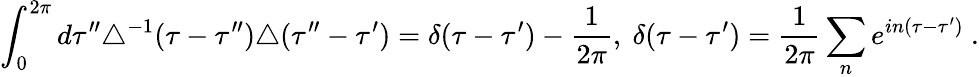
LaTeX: \int_{0}^{2\pi}d\tau^{\prime\prime}\triangle^{-1}(\tau-\tau^{\prime\prime})\triangle(\tau^{\prime\prime}-\tau^{\prime})=\delta(\tau-\tau^{\prime})-\frac{1}{2\pi},\ \delta(\tau-\tau^{\prime})=\frac{1}{2\pi}\sum_{n}e^{in(\tau-\tau^{\prime})}\ .